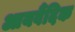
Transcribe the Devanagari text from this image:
आयर्वैदिक